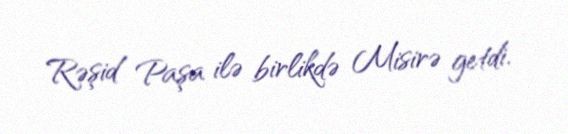
Rəşid Paşa ilə birlikdə Misirə getdi.